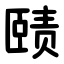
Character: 赜